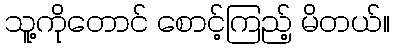
သူ့ကိုတောင် စောင့်ကြည့် မိတယ်။